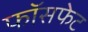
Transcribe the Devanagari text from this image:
फॉसफेट